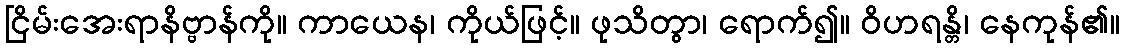
ငြိမ်းအေးရာနိဗ္ဗာန်ကို။ ကာယေန၊ ကိုယ်ဖြင့်။ ဖုသိတွာ၊ ရောက်၍။ ဝိဟရန္တိ၊ နေကုန်၏။